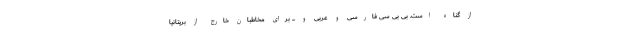
از گناه است. بی بی سی فارسی و عربی و ... برای مخاطبان خارج از بریتانیا